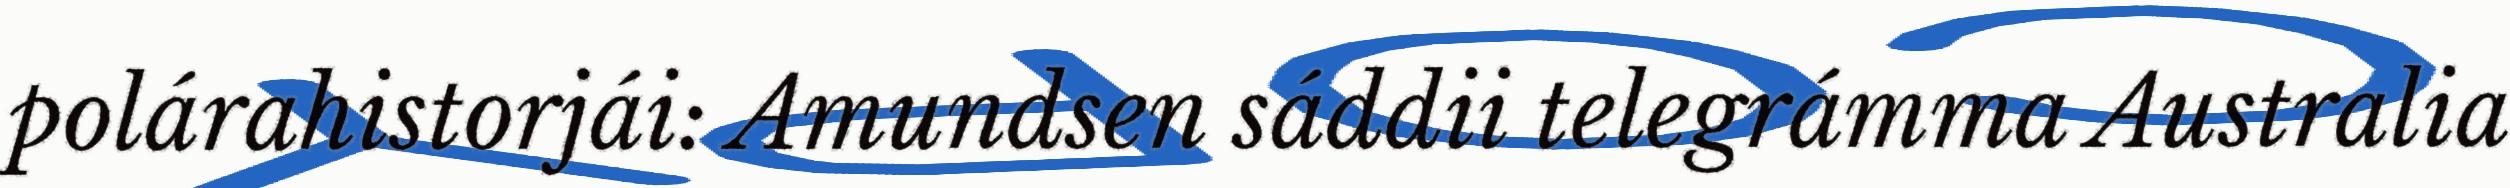
polárahistorjái: Amundsen sáddii telegrámma Australia